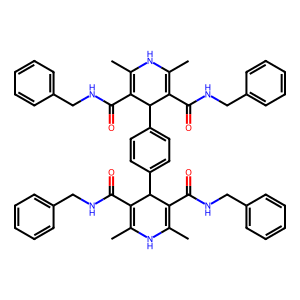
SMILES: CC1=C(C(=O)NCc2ccccc2)C(c2ccc(C3C(C(=O)NCc4ccccc4)=C(C)NC(C)=C3C(=O)NCc3ccccc3)cc2)C(C(=O)NCc2ccccc2)=C(C)N1
Inhibits HIV replication: No